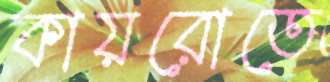
কায়রোতে